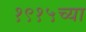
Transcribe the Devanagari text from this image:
१९१५च्या